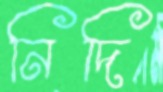
নিদি